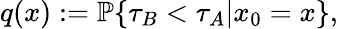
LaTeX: q(x):=\mathbb{P}\{ \tau_{B}<\tau_{A}|x_{0}=x\} ,